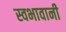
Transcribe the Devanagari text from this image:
स्वभावानी